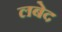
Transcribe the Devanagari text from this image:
लबेद